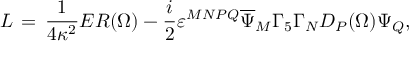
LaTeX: { \cal L } \, = \, \frac { 1 } { 4 \kappa ^ { 2 } } E R ( \Omega ) - \frac { i } { 2 } \varepsilon ^ { M N P Q } \overline { { { \Psi } } } _ { M } \Gamma _ { 5 } \Gamma _ { N } { \cal D } _ { P } ( \Omega ) \Psi _ { Q } ,